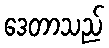
ဒေတာသည်